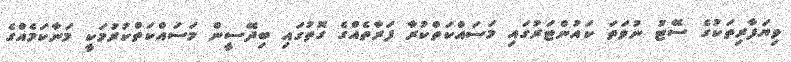
ވިޔަފާރިތަކުގެ ސޭޓު ނުވަތަ ކައުންޓަރުގައި މަސައްކަތްކުރާ ފަރާތެއްގެ ގޮތުގައި ބިދޭސީން މަސައްކަތްކުރުމަކީ މަނާކަމެއްގެ